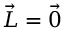
\vec { L } = \vec { 0 }